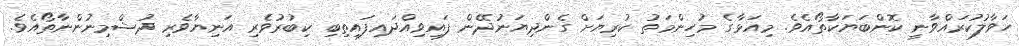
ހަވާލުކުރައްވާނީ ކޮންބަޔަކާތޯއެވެ. މިއަޅާގެ މުހިންމަތު ކުރިޔަށް ގެންދިޔަނުދޭން ފައިވިއްދައިފައިތިބި ކިބުރުވެރި އަނިޔާވެރި ދުޝްމިނުންނާތޯއެވެ.